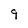
Character: 9